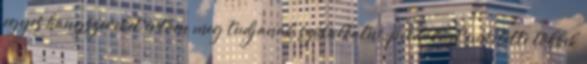
egyes hangszereket értően meg tudjanak szólaltatni, példaként említette többek